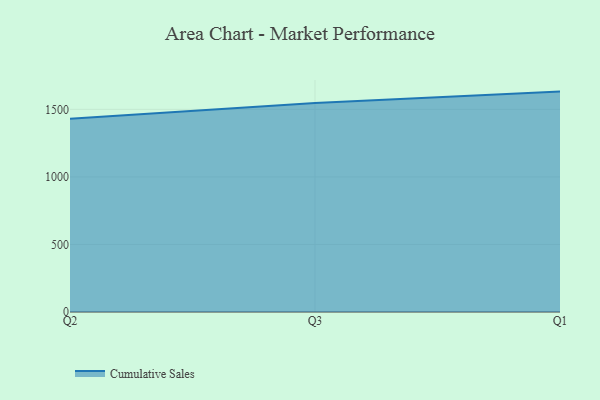
{"axis": {"x": "Quarter", "y": "Conversion Rate (%)"}, "legend": ["Cumulative Sales"], "data": [{"x": "Q2", "y": 1430.5, "type": "Cumulative Sales"}, {"x": "Q3", "y": 1546.6, "type": "Cumulative Sales"}, {"x": "Q1", "y": 1631.5, "type": "Cumulative Sales"}]}